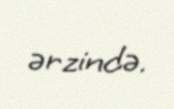
ərzində.